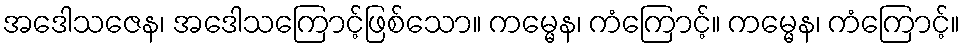
အဒေါသဇေန၊ အဒေါသကြောင့်ဖြစ်သော။ ကမ္မေန၊ ကံကြောင့်။ ကမ္မေန၊ ကံကြောင့်။